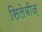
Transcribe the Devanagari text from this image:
सिलेबीज़